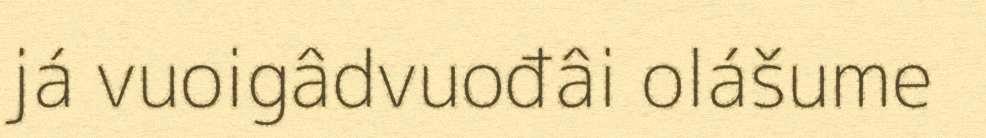
já vuoigâdvuođâi olášume